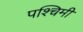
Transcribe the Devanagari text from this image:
पश्‍चिमी